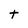
Character: t